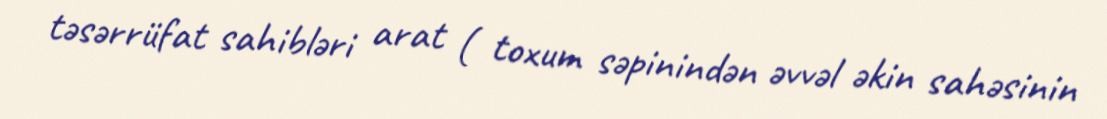
təsərrüfat sahibləri arat ( toxum səpinindən əvvəl əkin sahəsinin